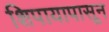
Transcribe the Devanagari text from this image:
शिपायापासून